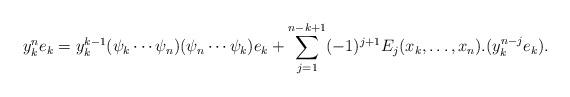
LaTeX: \begin{align*}y_k^n e_k = y_k^{k-1} (\psi_k \cdots \psi_n) (\psi_n \cdots \psi_k) e_k+\sum_{j=1}^{n-k+1} (-1)^{j+1} E_j(x_k, \ldots, x_n) .( y_k^{n-j} e_k).\end{align*}